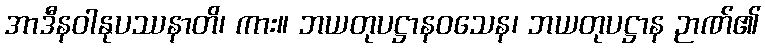
အာဒီနဝါနုပဿနာတိ၊ ကား။ ဘယတုပဋ္ဌာနဝသေန၊ ဘယတုပဋ္ဌာန ဉာဏ်၏